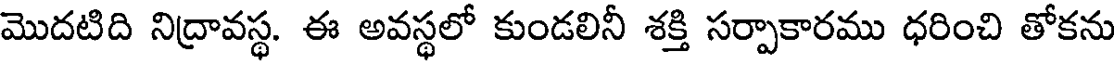
మొదటిది నిద్రావస్థ. ఈ అవస్థలో కుండలినీ శక్తి సర్పాకారము ధరించి తోకను